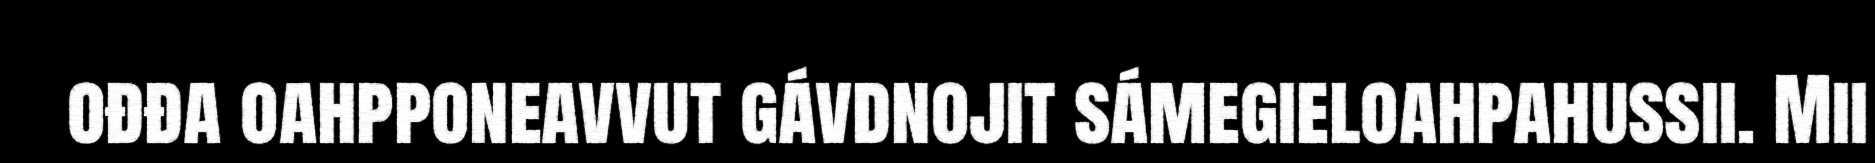
ođđa oahpponeavvut gávdnojit sámegieloahpahussii. Mii